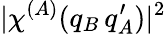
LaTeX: |\chi^{(A)}(q_{B}\, q_{A}^{\prime})|^{2}